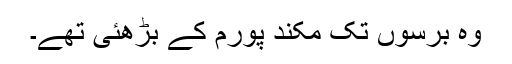
وہ برسوں تک مکند پورم کے بڑھئی تھے۔